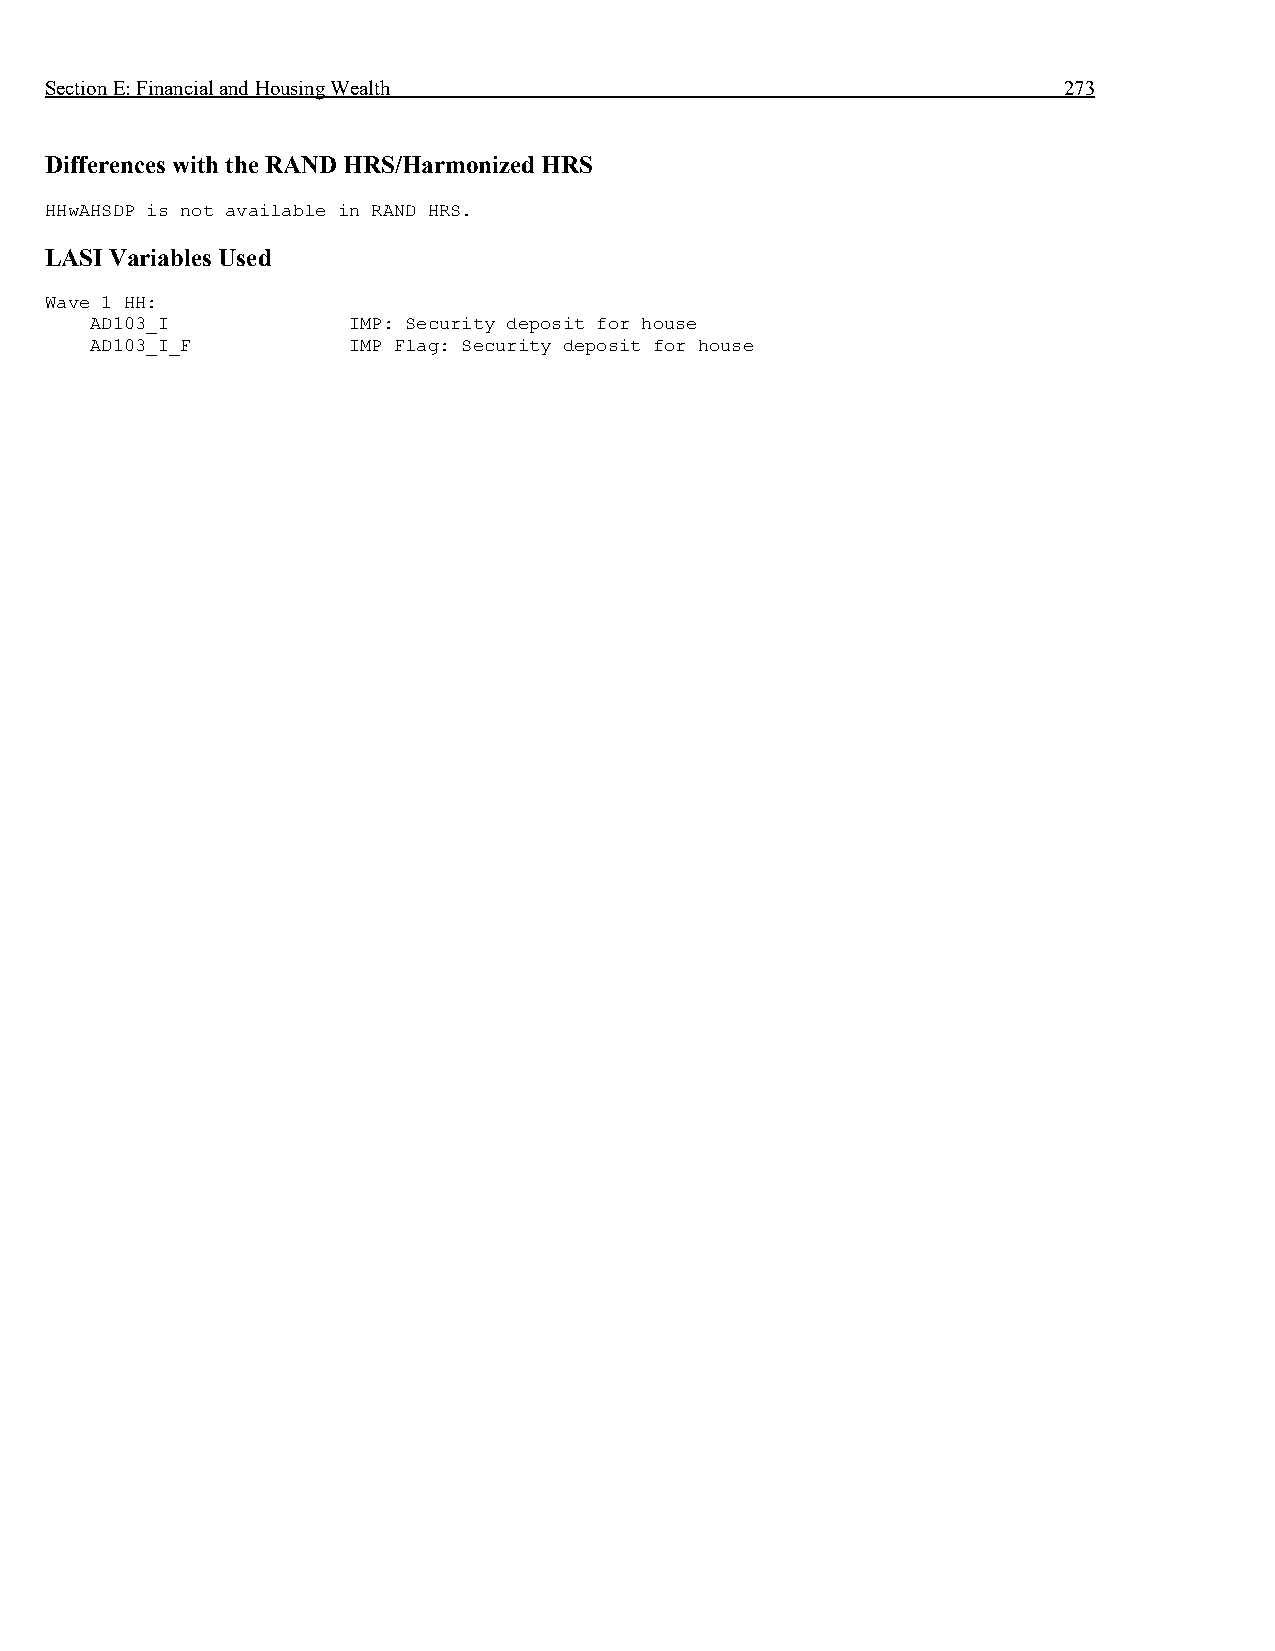
Section E: Financial and Housing Wealth                            273
 Differences with the RAND HRS/Harmonized HRS
 HHwAHSDP is not available in RAND HRS.
 LASI Variables Used
 Wave 1 HH:
 AD103_I          IMP: Security deposit for house
 AD103_I_F        IMP Flag: Security deposit for house